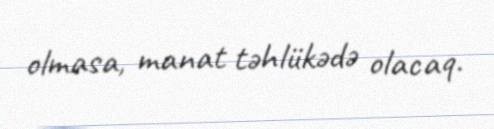
olmasa, manat təhlükədə olacaq.